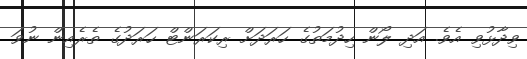
ވިދާޅުވި އެވެ. އަދި ލޯން ހިދުމަތުގެ ހަރަދަށް ރިކަރަންޓް ހަރަދުގެ ތެރެއިން ނުވަ